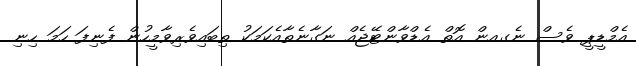
އެމްޑީޕީ ވެސް ނެގއން އޮތް އެޑްވާންޓޭޖެއް ނަގާނެތާއެކަމަކު ތިބައިވެރިވާމީހުން ފެނިފަ ހަމަ ހިނި